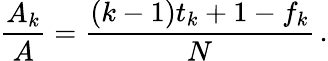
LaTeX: \frac{A_{k}}{A}=\frac{(k-1)t_{k}+1-f_{k}}{N}\, .